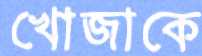
খোজাকে